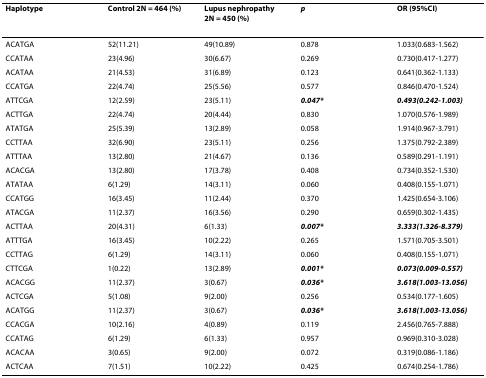
<table><thead><tr><td><b>Haplotype</b></td><td><b>Control 2N = 464 (%)</b></td><td><b>Lupus nephropathy 2N = 450 (%)</b></td><td><b><i>p</i></b></td><td><b>OR (95%CI)</b></td></tr></thead><tbody><tr><td>ACATGA</td><td>52(11.21)</td><td>49(10.89)</td><td>0.878</td><td>1.033(0.683-1.562)</td></tr><tr><td>CCATAA</td><td>23(4.96)</td><td>30(6.67)</td><td>0.269</td><td>0.730(0.417-1.277)</td></tr><tr><td>ACATAA</td><td>21(4.53)</td><td>31(6.89)</td><td>0.123</td><td>0.641(0.362-1.133)</td></tr><tr><td>CCATGA</td><td>22(4.74)</td><td>25(5.56)</td><td>0.577</td><td>0.846(0.470-1.524)</td></tr><tr><td>ATTCGA</td><td>12(2.59)</td><td>23(5.11)</td><td><b><i>0.047*</i></b></td><td><b><i>0.493(0.242-1.003)</i></b></td></tr><tr><td>ACTTGA</td><td>22(4.74)</td><td>20(4.44)</td><td>0.830</td><td>1.070(0.576-1.989)</td></tr><tr><td>ATATGA</td><td>25(5.39)</td><td>13(2.89)</td><td>0.058</td><td>1.914(0.967-3.791)</td></tr><tr><td>CCTTAA</td><td>32(6.90)</td><td>23(5.11)</td><td>0.256</td><td>1.375(0.792-2.389)</td></tr><tr><td>ATTTAA</td><td>13(2.80)</td><td>21(4.67)</td><td>0.136</td><td>0.589(0.291-1.191)</td></tr><tr><td>ACACGA</td><td>13(2.80)</td><td>17(3.78)</td><td>0.408</td><td>0.734(0.352-1.530)</td></tr><tr><td>ATATAA</td><td>6(1.29)</td><td>14(3.11)</td><td>0.060</td><td>0.408(0.155-1.071)</td></tr><tr><td>CCATGG</td><td>16(3.45)</td><td>11(2.44)</td><td>0.370</td><td>1.425(0.654-3.106)</td></tr><tr><td>ATACGA</td><td>11(2.37)</td><td>16(3.56)</td><td>0.290</td><td>0.659(0.302-1.435)</td></tr><tr><td>ACTTAA</td><td>20(4.31)</td><td>6(1.33)</td><td><b><i>0.007*</i></b></td><td><b><i>3.333(1.326-8.379)</i></b></td></tr><tr><td>ATTTGA</td><td>16(3.45)</td><td>10(2.22)</td><td>0.265</td><td>1.571(0.705-3.501)</td></tr><tr><td>CCTTAG</td><td>6(1.29)</td><td>14(3.11)</td><td>0.060</td><td>0.408(0.155-1.071)</td></tr><tr><td>CTTCGA</td><td>1(0.22)</td><td>13(2.89)</td><td><b><i>0.001*</i></b></td><td><b><i>0.073(0.009-0.557)</i></b></td></tr><tr><td>ACACGG</td><td>11(2.37)</td><td>3(0.67)</td><td><b><i>0.036*</i></b></td><td><b><i>3.618(1.003-13.056)</i></b></td></tr><tr><td>ACTCGA</td><td>5(1.08)</td><td>9(2.00)</td><td>0.256</td><td>0.534(0.177-1.605)</td></tr><tr><td>ACATGG</td><td>11(2.37)</td><td>3(0.67)</td><td><b><i>0.036*</i></b></td><td><b><i>3.618(1.003-13.056)</i></b></td></tr><tr><td>CCACGA</td><td>10(2.16)</td><td>4(0.89)</td><td>0.119</td><td>2.456(0.765-7.888)</td></tr><tr><td>CCATAG</td><td>6(1.29)</td><td>6(1.33)</td><td>0.957</td><td>0.969(0.310-3.028)</td></tr><tr><td>ACACAA</td><td>3(0.65)</td><td>9(2.00)</td><td>0.072</td><td>0.319(0.086-1.186)</td></tr><tr><td>ACTCAA</td><td>7(1.51)</td><td>10(2.22)</td><td>0.425</td><td>0.674(0.254-1.786)</td></tr></tbody></table>